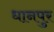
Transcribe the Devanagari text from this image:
धानपुर